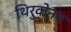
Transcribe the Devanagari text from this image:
थिरुवोनम